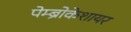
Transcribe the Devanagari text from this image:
पेम्ब्रोकेशायर